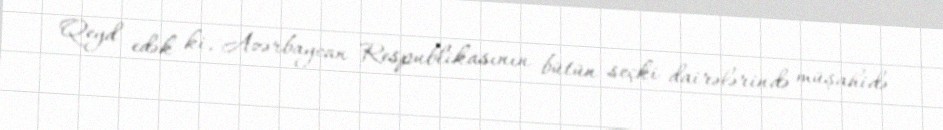
Qeyd edək ki, Azərbaycan Respublikasının bütün seçki dairələrində müşahidə